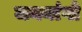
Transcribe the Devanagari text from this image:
जननांगो